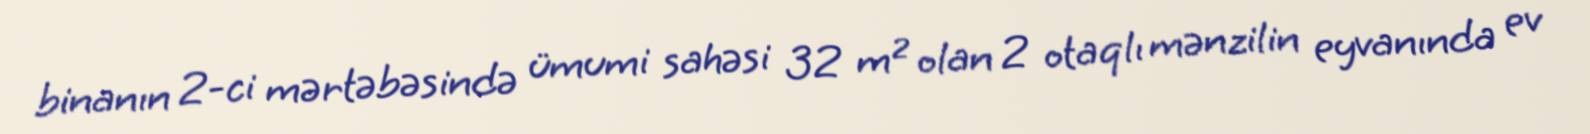
binanın 2-ci mərtəbəsində ümumi sahəsi 32 m² olan 2 otaqlı mənzilin eyvanında ev